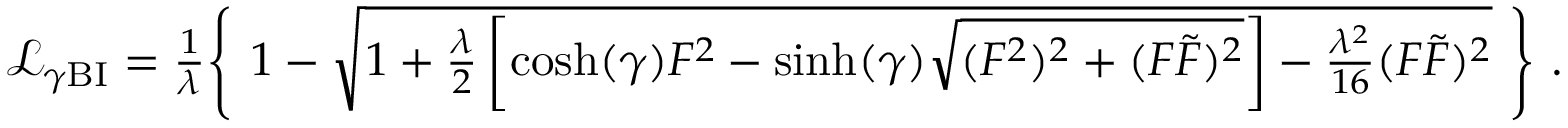
\begin{array} { r } { \mathcal { L } _ { \gamma \mathrm { B I } } = \frac { 1 } { \lambda } \Bigg \{ ~ 1 - \sqrt { 1 + \frac { \lambda } { 2 } \left[ \cosh ( \gamma ) F ^ { 2 } - \sinh ( \gamma ) \sqrt { ( F ^ { 2 } ) ^ { 2 } + ( F \widetilde F ) ^ { 2 } } \right] - \frac { \lambda ^ { 2 } } { 1 6 } ( F \widetilde F ) ^ { 2 } } ~ \Bigg \} ~ . ~ ~ ~ ~ ~ ~ } \end{array}